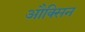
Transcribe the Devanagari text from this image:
औक्सिन